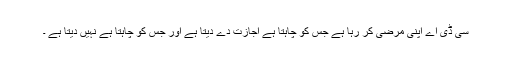
سی ڈی اے اپنی مرضی کر رہا ہے جس کو چاہتا ہے اجازت دے دیتا ہے اور جس کو چاہتا ہے نہیں دیتا ہے ۔